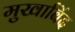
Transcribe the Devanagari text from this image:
मुखाबिंद